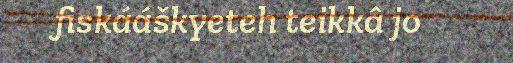
fiskááškyeteh teikkâ jo